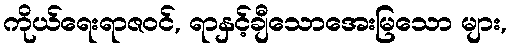
ကိုယ်ရေးရာဇဝင်, ရာနှင့်ချီသောအေးမြသော များ,